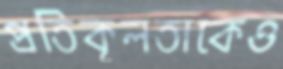
প্রতিকূলতাকেও